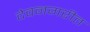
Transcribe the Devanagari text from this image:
देवनगरीत